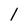
Character: 1